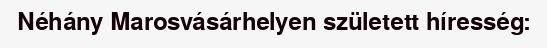
Néhány Marosvásárhelyen született híresség: